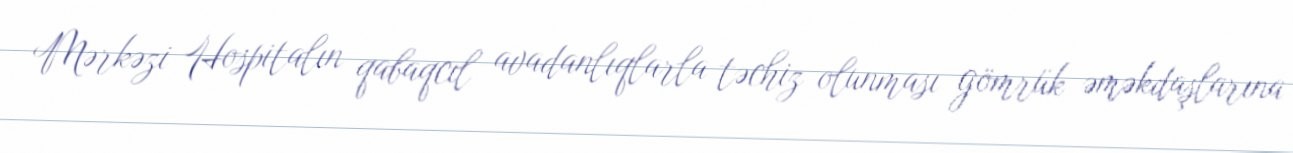
Mərkəzi Hospitalın qabaqcıl avadanlıqlarla təchiz olunması gömrük əməkdaşlarına